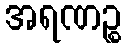
အရဏဉ္စ